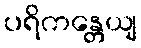
ပရိကန္တေယျ